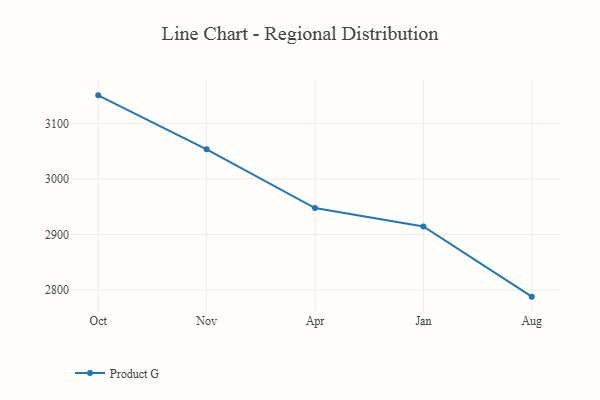
{"axis": {"x": "Month", "y": "Churn Rate (%)"}, "legend": ["Product G"], "data": [{"x": "Oct", "y": 3150.4, "type": "Product G"}, {"x": "Nov", "y": 3053.3, "type": "Product G"}, {"x": "Apr", "y": 2947.5, "type": "Product G"}, {"x": "Jan", "y": 2914.4, "type": "Product G"}, {"x": "Aug", "y": 2788.1, "type": "Product G"}]}